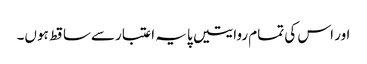
اور اس کی تمام روایتیں پایہ اعتبارسےساقط ہوں۔